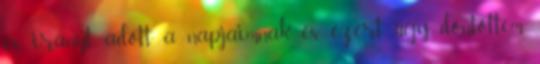
és irányt adott a napjaimnak és ezért úgy döntöttem,